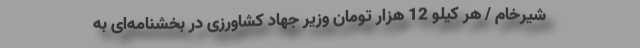
شیرخام / هر کیلو 12 هزار تومان وزیر جهاد کشاورزی در بخشنامه‌ای به